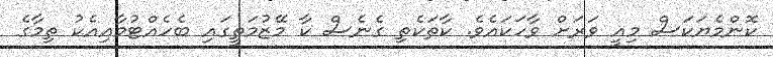
ކޮންމެޔަކަސް މިއީ ވަރަށް ވާހަކައެވެ. ކާތަކެތި ގެނެސް ކާ މޭޒުމަތީގައި ބެހެއްޓުމާއިއެކު ތިމާގެ